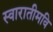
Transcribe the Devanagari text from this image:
स्वारातीमवि